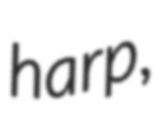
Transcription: harp,